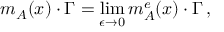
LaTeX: m _ { A } ( x ) \cdot \Gamma = \operatorname * { l i m } _ { \epsilon \to 0 } m _ { A } ^ { e } ( x ) \cdot \Gamma \, ,